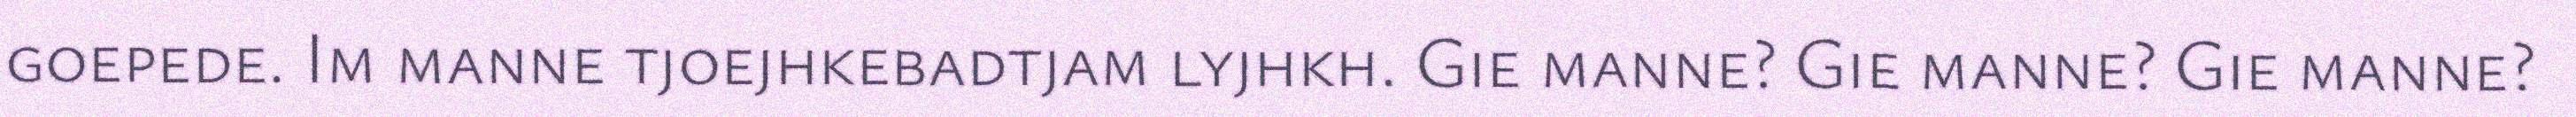
goepede. Im manne tjoejhkebadtjam lyjhkh. Gie manne? Gie manne? Gie manne?